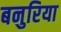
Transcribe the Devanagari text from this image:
बनुरिया